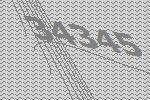
34345